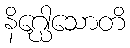
နိဂ္ဃေါသောတိ